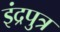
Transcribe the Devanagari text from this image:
इंद्रपुत्र